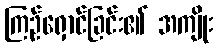
ကြဉ်ရှောင်ခြင်း၏ အကျိုး